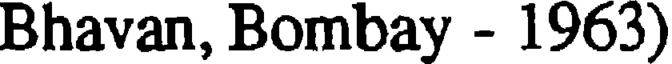
Bhavan, Bombay - 1963)